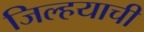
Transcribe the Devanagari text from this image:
जिल्हयाची